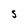
Character: S